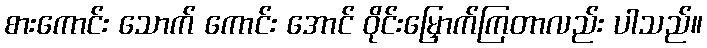
စားကောင်း သောက် ကောင်း အောင် ဝိုင်းမြှောက်ကြတာလည်း ပါသည်။